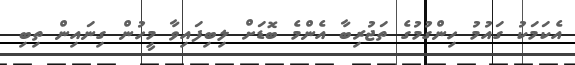
އެކަމަކު ގައުމު ހިންގުމުގެ ތަޖުރިބާ އެންމެ ބޮޑަށް ލިބިފައިވާ މީހުން ގިނައިން ތިބި